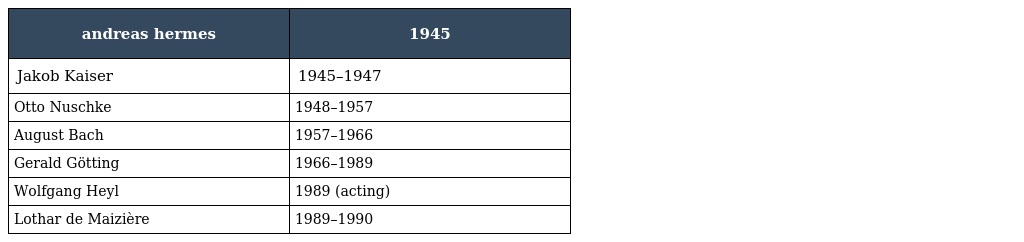
| andreas hermes | 1945 |
 | --- | --- |
 | Jakob Kaiser | 1945–1947 |
 | Otto Nuschke | 1948–1957 |
 | August Bach | 1957–1966 |
 | Gerald Götting | 1966–1989 |
 | Wolfgang Heyl | 1989 (acting) |
 | Lothar de Maizière | 1989–1990 |